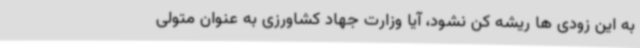
به این زودی ها ریشه کن نشود، آیا وزارت جهاد کشاورزی به عنوان متولی